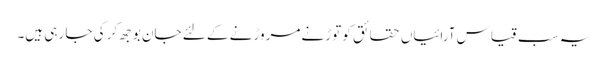
یہ سب قیاس آرائیاں حقائق کو توڑنے مروڑنے کے لئے جان بوجھ کر کی جا رہی ہیں۔